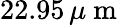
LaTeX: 22.95\, \mu\mathrm{~m~}